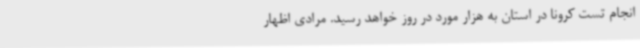
انجام تست کرونا در استان به هزار مورد در روز خواهد رسید. مرادی اظهار